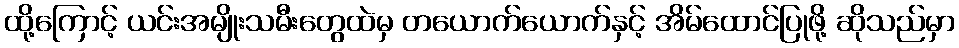
ထို့ကြောင့် ယင်းအမျိုးသမီးတွေထဲမှ တယောက်ယောက်နှင့် အိမ်ထောင်ပြုဖို့ ဆိုသည်မှာ